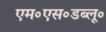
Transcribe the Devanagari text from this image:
एम॰एस॰डब्लू॰